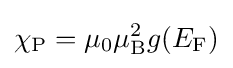
\chi _{\mathrm {P} }=\mu _{0}\mu _{\mathrm {B} }^{2}g(E_{\mathrm {F} })